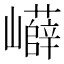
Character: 𡾲